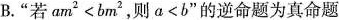
B.”若$$am^{2}<bm^{2}$$，则$$a<b$$”的逆命题为真命题